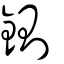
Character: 鍘